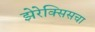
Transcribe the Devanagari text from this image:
झेरेक्सिसचा